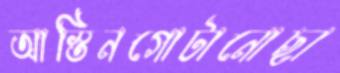
আস্তিনগোটানোছা